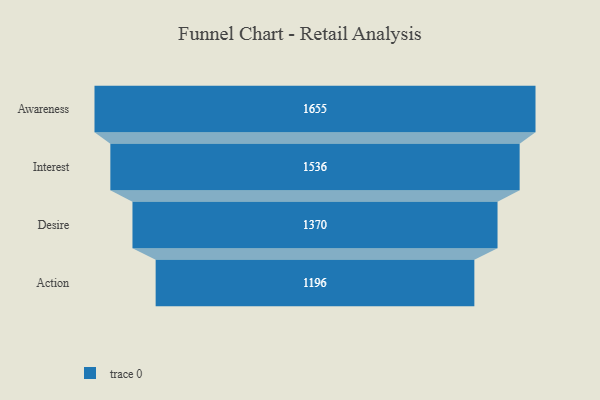
{"axis": {"x": "Stage", "y": "Value"}, "legend": [""], "data": [{"x": "Awareness", "y": 1655.0, "type": ""}, {"x": "Interest", "y": 1536.0, "type": ""}, {"x": "Desire", "y": 1370.0, "type": ""}, {"x": "Action", "y": 1196.0, "type": ""}]}